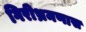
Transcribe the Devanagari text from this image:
गिरीभ्रमणास